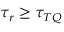
\tau _ { r } \geq \tau _ { T Q }